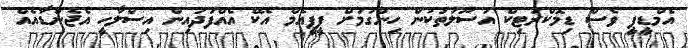
އެމްޑީޕީ ވެސް ޑިމޮކްރަޓިކް އުސޫލުތަކުން ހިންގުމަށް ޕީޕީއެމް އެކޭ އެއްފަދައިން އިސްލާހީ އެޖެންޑާއެއް